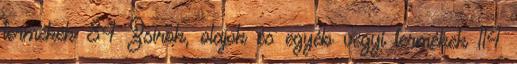
termékek 84 Zsírok, olajok és egyéb vegyi termékek 114